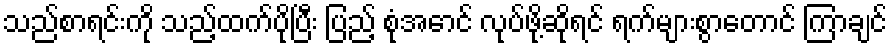
သည်စာရင်းကို သည့်ထက်ပိုပြီး ပြည့် စုံအောင် လုပ်ဖို့ဆိုရင် ရက်များစွာတောင် ကြာချင်